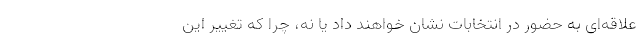
علاقه‌ای به حضور در انتخابات نشان خواهند داد یا نه، چرا که تغییر این